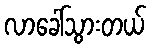
လာခေါ်သွားတယ်